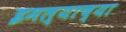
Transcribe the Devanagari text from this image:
इमल्याच्या